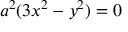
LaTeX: a ^ { 2 } ( 3 x ^ { 2 } - y ^ { 2 } ) = 0